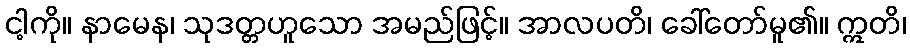
ငါ့ကို။ နာမေန၊ သုဒတ္တဟူသော အမည်ဖြင့်။ အာလပတိ၊ ခေါ်တော်မူ၏။ ဣတိ၊